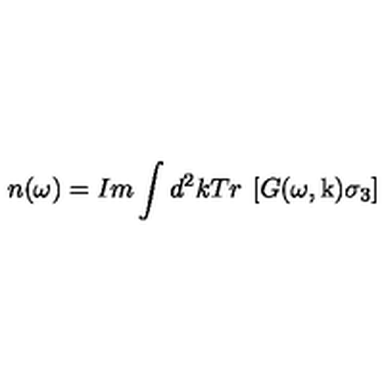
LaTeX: n ( \omega ) = I m \int d ^ { 2 } k T r \: \left[ G ( \omega , \mathrm { \boldmath k } ) \sigma _ { 3 } \right]